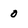
Character: o